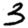
Digit: 3